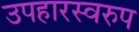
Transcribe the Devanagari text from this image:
उपहारस्वरुप